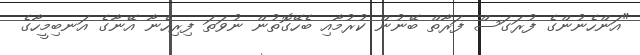
"އަންހެނުންގެ ފުރަގަސް ފަރާތް ބޭނުން ކުރުމާއި ބެހޭގޮތުން ނުވަތަ ފިރިހެނާ އޭނާގެ އަނބިމީހާގެ